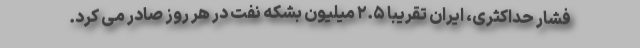
فشار حداکثری، ایران تقریبا ۲.۵ میلیون بشکه نفت در هر روز صادر می کرد.